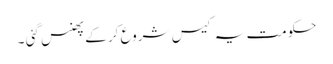
حکومت یہ کیس شروع کر کے پھنس گئی ۔